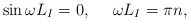
\begin{align*}\sin\omega L_I=0,~~~~\omega L_I=\pi n,\end{align*}